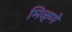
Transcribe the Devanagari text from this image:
मिळ्णे